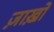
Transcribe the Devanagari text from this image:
ज़ाख़ो